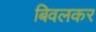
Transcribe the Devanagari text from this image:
बिवलकर